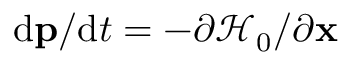
\mathrm { d } \mathbf { p } / \mathrm { d } t = - \partial \mathcal { H } _ { 0 } / \partial \mathbf { x }